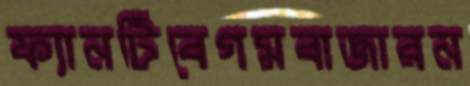
ফ্যানটিবেগমবাজারন